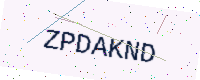
Text: ZPDAKND